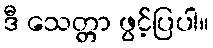
ဒီ သေတ္တာ ဖွင့်ပြပါ။